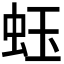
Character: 𧉣